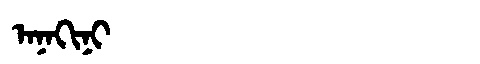
Manchu: ᠠᠨᠠᡴᡳᠨᡳ
Romanization: ANAKINI